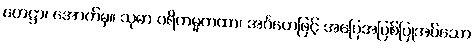
ဟေဋ္ဌာ၊ အောက်မှ။ သုဓာ ပရိကမ္မကထာ၊ အင်္ဂတေဖြင့် အပြေအပြစ်ပြုအပ်သော